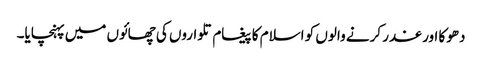
دھوکا اور غدر کرنے والوں کو اسلام کا پیغام تلواروں کی چھائوں میں پہنچایا۔